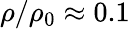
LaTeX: \rho/\rho_{0}\approx 0.1